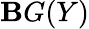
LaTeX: \mathbf{B}G(Y)